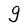
Character: g